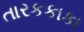
તારકકાકા